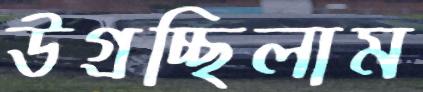
উগ্‌রচ্ছিলাম